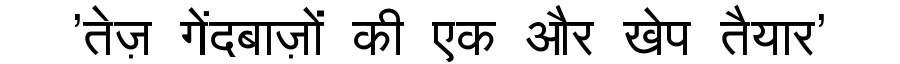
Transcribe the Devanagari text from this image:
'तेज़ गेंदबाज़ों की एक और खेप तैयार'